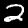
Label: 2